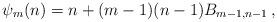
LaTeX: \begin{align*} \psi_m(n) = n + (m-1) (n-1) B_{m-1, n-1}\,, \end{align*}